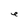
Character: e